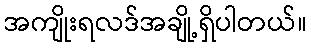
အကျိုးရလဒ်အချို့ရှိပါတယ်။